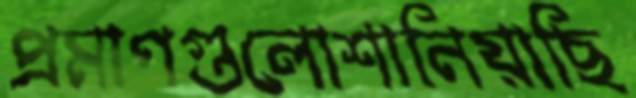
প্রমাণগুলোশানিয়াছি